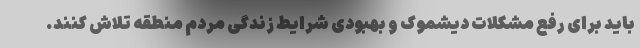
باید برای رفع مشکلات دیشموک و بهبودی شرایط زندگی مردم منطقه تلاش کنند.